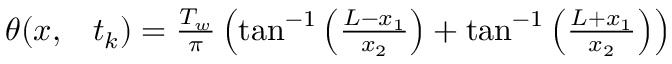
\begin{array} { r l } { \theta ( x , } & { { } t _ { k } ) = \frac { T _ { w } } { \pi } \left( \tan ^ { - 1 } \left( \frac { L - x _ { 1 } } { x _ { 2 } } \right) + \tan ^ { - 1 } \left( \frac { L + x _ { 1 } } { x _ { 2 } } \right) \right) } \end{array}